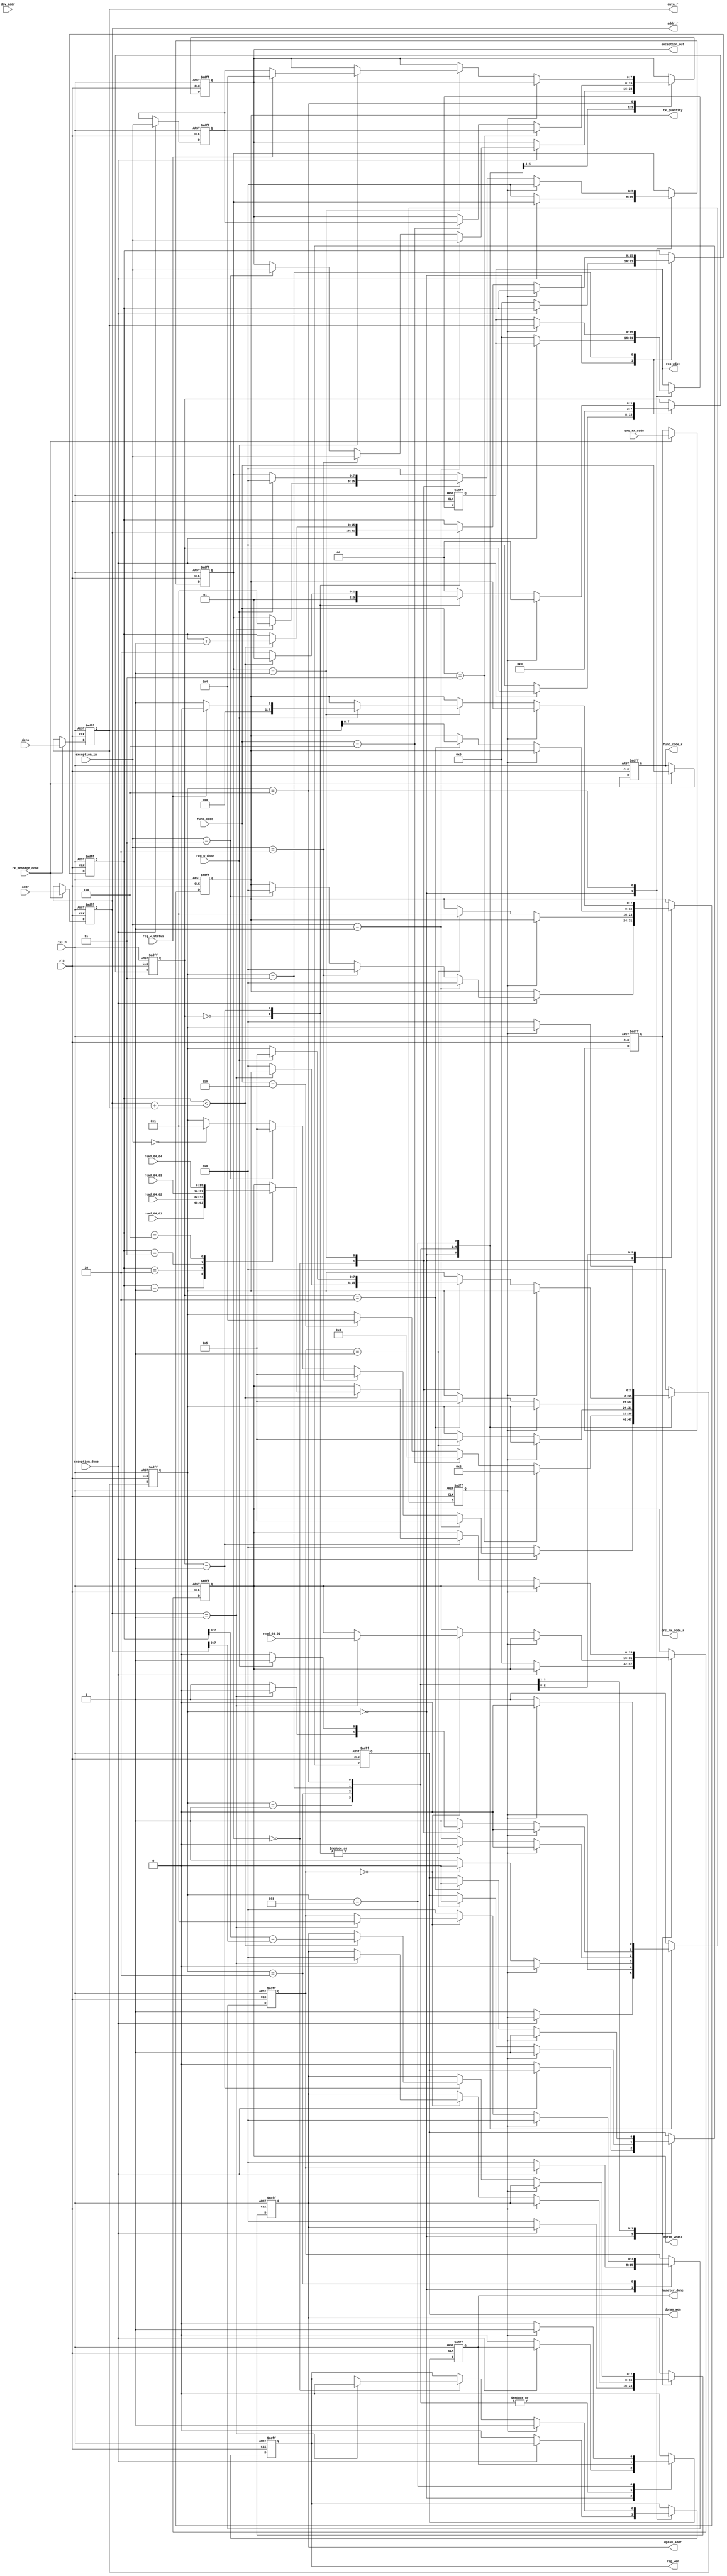
`timescale 1ns / 1ns
`define UD #1

module func_hander 
(
    input               clk             ,// system clock
    input               rst_n           ,// system reset, active low
    
    input   [7:0]       dev_addr        ,
    input               rx_message_done ,
    input   [7:0]       func_code       ,
    input   [15:0]      addr            ,
    input   [15:0]      data            ,
    input   [15:0]      crc_rx_code     ,
    
    input               exception_done  ,
    input   [7:0]       exception_in    ,
    
    input   [15:0]      read_03_01      ,
    input   [15:0]      read_04_01      ,
    input   [15:0]      read_04_02      ,
    input   [15:0]      read_04_03      ,
    input   [15:0]      read_04_04      ,
    
    output  reg [7:0]   tx_quantity     ,
    output  reg [7:0]   exception_out   ,
    
    output  reg [7:0]   func_code_r     ,
    output  reg [15:0]  addr_r          ,
    output  reg [15:0]  data_r          ,
    output  reg [15:0]  crc_rx_code_r   ,
    
    output  reg         dpram_wen       ,
    output  reg [7:0]   dpram_addr      ,
    output  reg [15:0]  dpram_wdata     ,   
    output  reg         reg_wen         ,
    output  reg [15:0]  reg_wdat        ,
    input               reg_w_done      ,
    input               reg_w_status    ,
    
    output  reg         handler_done
   
    
);

always@(posedge clk or negedge rst_n)
begin
    if( !rst_n )
    begin
        func_code_r <= `UD 8'h0;
        addr_r <= `UD 16'h0;
        data_r <= `UD 16'b0;
        crc_rx_code_r <= `UD 16'b0;
    end
    else
    begin
        if(rx_message_done)
        begin
            func_code_r <= `UD func_code;
            addr_r <= `UD addr;
            data_r <= `UD data;
            crc_rx_code_r <= `UD crc_rx_code; 
        end
    end
end

reg [7:0]   exception_in_r;
always@(posedge clk or negedge rst_n)
begin
    if( !rst_n )
    begin
        exception_in_r <= `UD 8'h0;
    end
    else
    begin
        if(exception_done)
        begin
            exception_in_r <= `UD exception_in;
        end
//        else if(handler_done)
//        begin
//            exception_in_r <= `UD 8'h0;
//        end
    end
end

reg [7:0]   op_state;
reg [7:0]   sub_state_03;
reg [7:0]   sub_state_04;
reg [7:0]   sub_state_06;
reg         FF;
reg [15:0]  raddr_index;
always@(posedge clk or negedge rst_n)
begin
    if( !rst_n )
    begin
        op_state <= `UD 8'h0;
        FF <= `UD 1'b1;
        sub_state_03 <= `UD 8'h0;
        sub_state_04 <= `UD 8'h0;
        sub_state_06 <= `UD 8'h0;
        handler_done <= `UD 1'b0;
        tx_quantity <= `UD 8'h0;
        exception_out <= `UD 8'h0;
        dpram_wen  <= `UD 1'b0;
        dpram_addr <= `UD 8'h0;
        dpram_wdata <= `UD 16'h0;
        raddr_index <= `UD 16'h0;
        reg_wen     <= `UD 1'b0;
        reg_wdat    <= `UD 16'h0;
    end
    else
    begin
        case(op_state)
        8'd0: // IDEL
        begin
            if(exception_done)
            begin
                if(exception_in==8'd1)
                begin
                    op_state <= `UD 8'd5;
                    exception_out <= `UD exception_in;
                    tx_quantity <= `UD 16'd0;
                end
                else if(exception_in==8'd2)
                begin
                    op_state <= `UD 8'd5;
                    exception_out <= `UD exception_in;
                    tx_quantity <= `UD 16'd0;
                end
                else if(exception_in==8'd3)
                begin
                    op_state <= `UD 8'd5;
                    exception_out <= `UD exception_in;
                    tx_quantity <= `UD 16'd0;
                end
                else if(exception_in==8'd0)
                begin
                    op_state <= `UD 8'd1;
                end
            end
            else
            begin
                op_state <= `UD 8'h0;
                FF <= `UD 1'b1;
                sub_state_03 <= `UD 8'h0;
                sub_state_04 <= `UD 8'h0;
                sub_state_06 <= `UD 8'h0;
                handler_done <= `UD 1'b0;
//                tx_quantity <= `UD 8'h0;
                //exception_out <= `UD 8'h0;
                dpram_wen  <= `UD 1'b0;
                dpram_addr <= `UD 8'h0;
                dpram_wdata <= `UD 16'h0;
                raddr_index <= `UD 16'h0;
                reg_wen     <= `UD 1'b0;
                reg_wdat    <= `UD 16'h0;
            end
        end
        8'd1: // normal handler start
        begin
            if(func_code==8'h03)
            begin
                op_state <= `UD 8'd2;
                exception_out <= `UD exception_in_r;
            end
            else if(func_code==8'h04)
            begin
                op_state <= `UD 8'd3;
                exception_out <= `UD exception_in_r;
            end
            else if(func_code==8'h06)
            begin
                op_state <= `UD 8'd4;
            end
        end
        8'd2:
        begin
            if(FF)
            begin
                FF <= `UD 1'b0;
                sub_state_03 <= `UD 8'd0;
                dpram_wen <= `UD 1'b1;
            end
            else
            begin
                case(sub_state_03)
                8'd0:
                begin
                    if(addr_r==16'h0001)
                    begin
                        dpram_addr <= `UD 8'h00;
                        dpram_wdata <= `UD read_03_01;
                        sub_state_03 <= `UD 8'd1;
                    end
                end
                8'd1:
                begin
                    op_state <= `UD 8'd5;
                    tx_quantity <= `UD 8'd1;
                    sub_state_03 <= `UD 8'd0;
                    dpram_wen <= `UD 1'b0;
                    FF <= `UD 1'b1;
                end
                default:
                begin
                    FF <= `UD 1'b1;
                    sub_state_03 <= `UD 8'd0;
                end
                endcase
            end
        end
        8'd3:
        begin
            if(FF)
            begin
                FF <= `UD 1'b0;
                sub_state_04 <= `UD 8'd0;
                dpram_wen <= `UD 1'b1;
            end
            else
            begin
                case(sub_state_04)
                8'd0:
                begin
                    raddr_index <= `UD addr_r;
                    sub_state_04 <= `UD 8'd1;
                end
                8'd1:
                begin                              
                    if(raddr_index < addr_r + data_r) 
                    begin
                        dpram_addr <= `UD (raddr_index-addr_r);
                        case(raddr_index)                 
                        8'h1:dpram_wdata <= `UD read_04_01;
                        8'h2:dpram_wdata <= `UD read_04_02;
                        8'h3:dpram_wdata <= `UD read_04_03;
                        8'h4:dpram_wdata <= `UD read_04_04;
                        default;
                        endcase
                        raddr_index <= `UD raddr_index + 1'b1;
                        sub_state_04 <= `UD 8'd1;
                    end
                    else
                    begin
                        sub_state_04 <= `UD 8'd2;
                    end
                end 
                8'd2:
                begin
                    op_state <= `UD 8'd5;
                    tx_quantity <= `UD data_r;
                    sub_state_04 <= `UD 8'd0;
                    dpram_wen <= `UD 1'b0;
                    FF <= `UD 1'b1;
                end
                default:
                begin
                    FF <= `UD 1'b1;
                    sub_state_04 <= `UD 8'd0;
                end
                endcase
            end
        end
        8'd4:
        begin
            if(FF)
            begin
                FF <= `UD 1'b0;
                sub_state_06 <= `UD 8'd0;
                reg_wen <= `UD 1'b1;
                reg_wdat <= `UD data_r;
            end
            else
            begin
                case(sub_state_06)
                8'd0:
                begin
                    if(addr_r==16'h0001)
                    begin
                        reg_wen <= `UD 1'b0;
                        sub_state_06 <= `UD 8'd1;
                    end
                    else
                    begin
                        op_state <= `UD 8'd0;
                        FF <= `UD 1'b1;
                    end
                end
                8'd1:
                begin
                    if(reg_w_done)
                    begin
                        if(reg_w_status) // write failed
                        begin
                            exception_out <= `UD 8'h04;
                            op_state <= `UD 8'd5;
                            tx_quantity <= `UD 16'd0;
                            sub_state_06 <= `UD 8'd0;
                            FF <= `UD 1'b1;
                        end
                        else
                        begin
                            exception_out <= `UD exception_in_r;
                            op_state <= `UD 8'd5;
                            tx_quantity <= `UD 16'd1;
                            sub_state_06 <= `UD 8'd0;
                            FF <= `UD 1'b1;
                        end
                    end
                end
                default:
                begin
                    FF <= `UD 1'b1;
                    sub_state_06 <= `UD 8'd0;
                end
                endcase
            end
        end
        
        8'd5:
        begin
            if(FF)
            begin
                FF <= `UD 1'b0;
                handler_done <= `UD 1'b1;
            end
            else
            begin
                FF <= `UD 1'b1;
                op_state <= `UD 8'd0;
                handler_done <= `UD 1'b0;
            end
        end
        
        default:
        begin
            op_state <= `UD 8'h0;
            FF <= `UD 1'b1;
            handler_done <= `UD 1'b0;
        end
        endcase
    end
end

endmodule